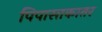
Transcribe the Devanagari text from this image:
पिपासाकातर